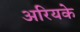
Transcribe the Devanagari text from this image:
अरियके